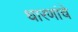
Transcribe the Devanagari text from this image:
धारणांचे